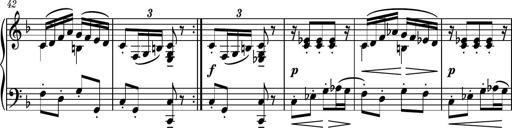
Title: Piano Sonatina II
Composer: Dimitri Sykias
Key: F major